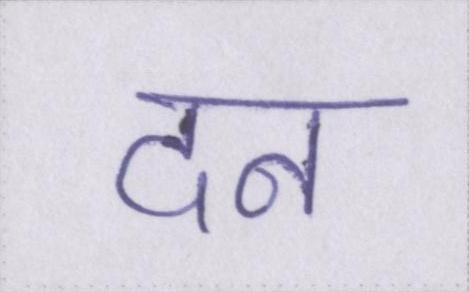
दन